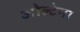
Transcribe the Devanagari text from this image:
ओल्टेना